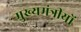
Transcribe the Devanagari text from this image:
मुख्यमंत्रीयों